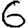
Digit: 6